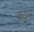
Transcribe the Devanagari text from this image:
क़्युन